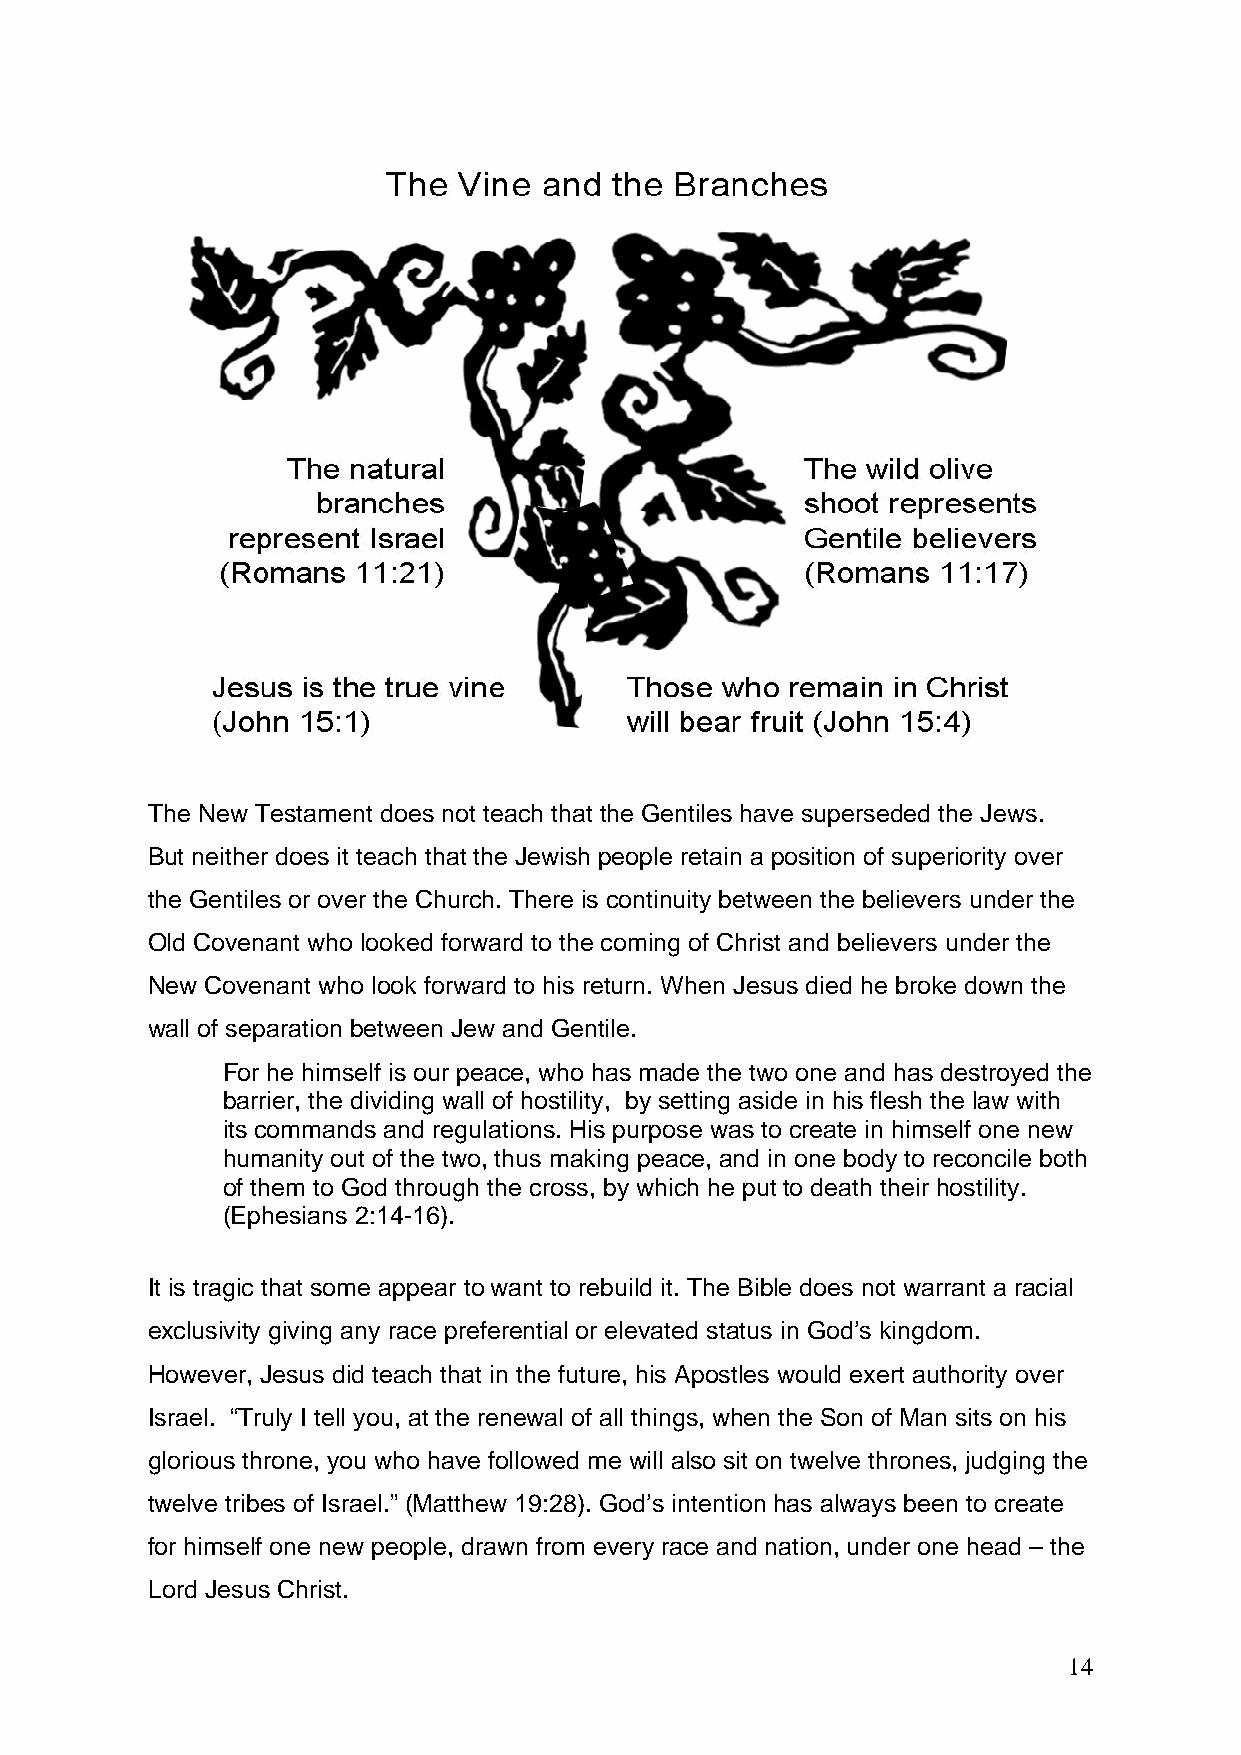
The New Testament does not teach that the Gentiles have superseded the Jews.
 But neither does it teach that the Jewish people retain a position of superiority over
 the Gentiles or over the Church. There is continuity between the believers under the
 Old Covenant who looked forward to the coming of Christ and believers under the
 New Covenant who look forward to his return. When Jesus died he broke down the
 wall of separation between Jew and Gentile.
 For he himself is our peace, who has made the two one and has destroyed the
 barrier, the dividing wall of hostility, by setting aside in his flesh the law with
 its commands and regulations. His purpose was to create in himself one new
 humanity out of the two, thus making peace, and in one body to reconcile both
 of them to God through the cross, by which he put to death their hostility.
 (Ephesians 2:14-16).
 It is tragic that some appear to want to rebuild it. The Bible does not warrant a racial
 exclusivity giving any race preferential or elevated status in God’s kingdom.
 However, Jesus did teach that in the future, his Apostles would exert authority over
 Israel. “Truly I tell you, at the renewal of all things, when the Son of Man sits on his
 glorious throne, you who have followed me will also sit on twelve thrones, judging the
 twelve tribes of Israel.” (Matthew 19:28). God’s intention has always been to create
 for himself one new people, drawn from every race and nation, under one head – the
 Lord Jesus Christ.
 14